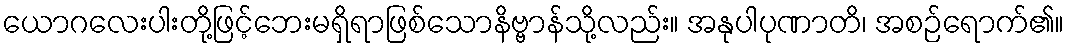
ယောဂလေးပါးတို့ဖြင့်ဘေးမရှိရာဖြစ်သောနိဗ္ဗာန်သို့လည်း။ အနုပါပုဏာတိ၊ အစဉ်ရောက်၏။